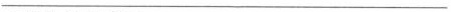
___